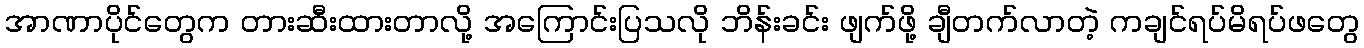
အာဏာပိုင်တွေက တားဆီးထားတာလို့ အကြောင်းပြသလို ဘိန်းခင်း ဖျက်ဖို့ ချီတက်လာတဲ့ ကချင်ရပ်မိရပ်ဖတွေ